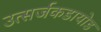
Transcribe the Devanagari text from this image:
उत्सर्जकडायोड